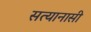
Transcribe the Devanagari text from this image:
सत्यानासी